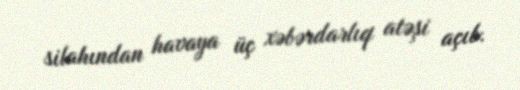
silahından havaya üç xəbərdarlıq atəşi açıb.